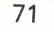
71